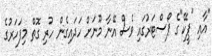
"އާއި "ޕީކޭ"ގެ ޕޯސްޓަރުގައި ވެސް އޭނާ މޫނަށް ހަދައިގެން ހުރި ގޮތް މިފަހަރުގެ